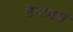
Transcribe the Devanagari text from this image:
लेवाइस